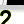
Digit: 2